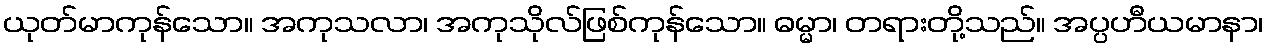
ယုတ်မာကုန်သော။ အကုသလာ၊ အကုသိုလ်ဖြစ်ကုန်သော။ ဓမ္မာ၊ တရားတို့သည်။ အပ္ပဟီယမာနာ၊